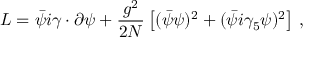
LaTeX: { \cal L } = \bar { \psi } i { \gamma \cdot \partial } \psi + { \frac { g ^ { 2 } } { 2 N } } \left[ ( \bar { \psi } \psi ) ^ { 2 } + ( \bar { \psi } i \gamma _ { 5 } \psi ) ^ { 2 } \right] \, ,